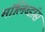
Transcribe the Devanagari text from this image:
मॉलिब्डॉस